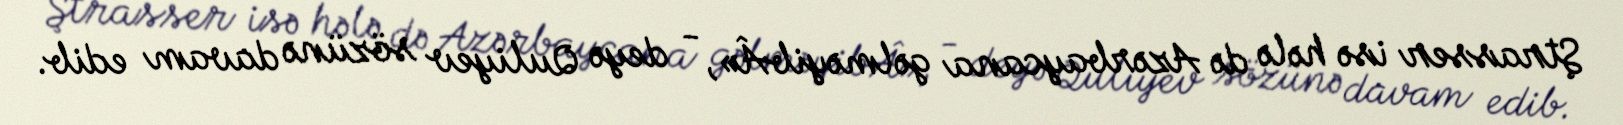
Ştrasser isə hələ də Azərbaycana gəlməyibÂ», - deyə Quliyev sözünə davam edib.